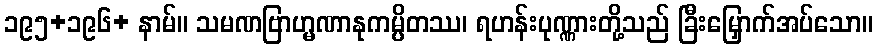
၁၉၅+၁၉၆+ နာမ်။ သမဏဗြာဟ္မဏာနုကမ္ပိတဿ၊ ရဟန်းပုဏ္ဏားတို့သည် ခြီးမြှောက်အပ်သော။